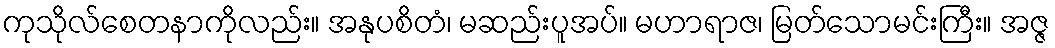
ကုသိုလ်စေတနာကိုလည်း။ အနုပစိတံ၊ မဆည်းပူအပ်။ မဟာရာဇ၊ မြတ်သောမင်းကြီး။ အဇ္ဇ